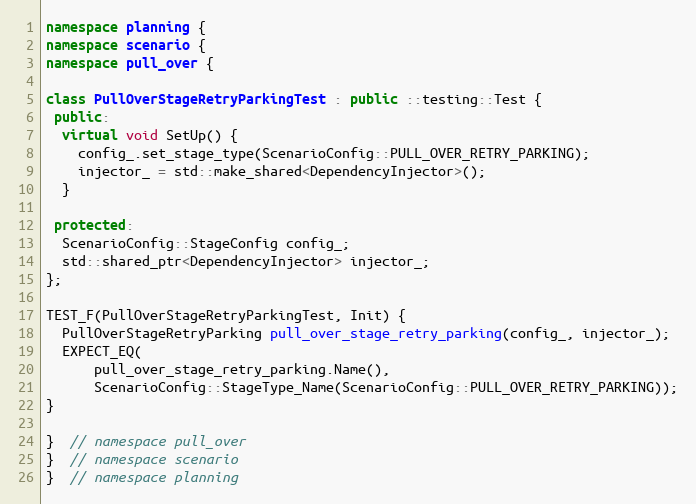
Language: C++
namespace planning {
namespace scenario {
namespace pull_over {

class PullOverStageRetryParkingTest : public ::testing::Test {
 public:
  virtual void SetUp() {
    config_.set_stage_type(ScenarioConfig::PULL_OVER_RETRY_PARKING);
    injector_ = std::make_shared<DependencyInjector>();
  }

 protected:
  ScenarioConfig::StageConfig config_;
  std::shared_ptr<DependencyInjector> injector_;
};

TEST_F(PullOverStageRetryParkingTest, Init) {
  PullOverStageRetryParking pull_over_stage_retry_parking(config_, injector_);
  EXPECT_EQ(
      pull_over_stage_retry_parking.Name(),
      ScenarioConfig::StageType_Name(ScenarioConfig::PULL_OVER_RETRY_PARKING));
}

}  // namespace pull_over
}  // namespace scenario
}  // namespace planning